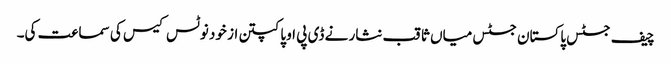
چیف جسٹس پاکستان جسٹس میاں ثاقب نثار نے ڈی پی او پاکپتن از خود نوٹس کیس کی سماعت کی۔